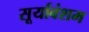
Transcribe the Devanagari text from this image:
सूर्यावंशम